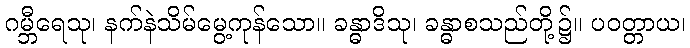
ဂမ္ဘီရေသု၊ နက်နဲသိမ်မွေ့ကုန်သော။ ခန္ဓာဒိသု၊ ခန္ဓာစသည်တို့၌။ ပဝတ္တာယ၊